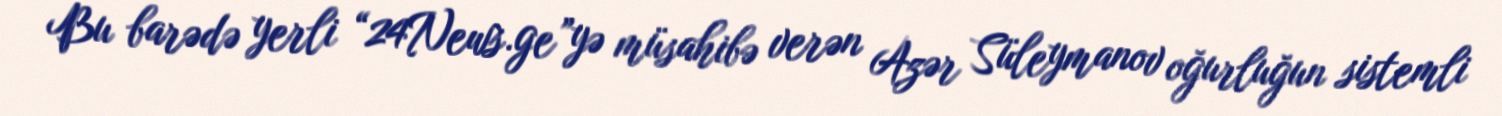
Bu barədə yerli “24News.ge”yə müsahibə verən Azər Süleymanov oğurluğun sistemli